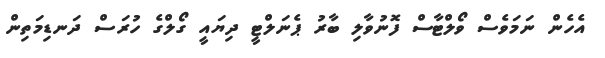
އެހެން ނަމަވެސް ވޯލްޓާސް ފޮނުވާލި ބާރު ޕެނަލްޓީ ދިޔައީ ގޯލްގެ ހުރަސް ދަނޑިމަތިން